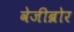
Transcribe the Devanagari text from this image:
वेजीब्रोर